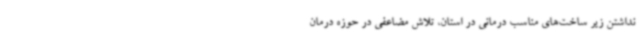
نداشتن زیر ساخت‌های مناسب درمانی در استان، تلاش مضاعفی در حوزه درمان